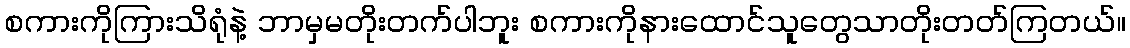
စကားကိုကြားသိရုံနဲ့ ဘာမှမတိုးတက်ပါဘူး စကားကိုနားထောင်သူတွေသာတိုးတတ်ကြတယ်။